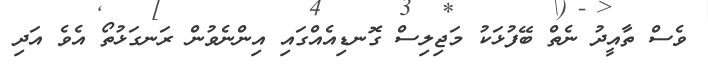
ވެސް ތާއީދު ނެތް ބޭފުޅަކު މަޖިލިސް ގޮނޑިއެއްގައި އިންނެވުން ރަނގަޅުތޯ އެވެ އަދި